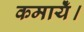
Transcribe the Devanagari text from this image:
कमायेँ।